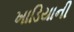
ખાડિયાની